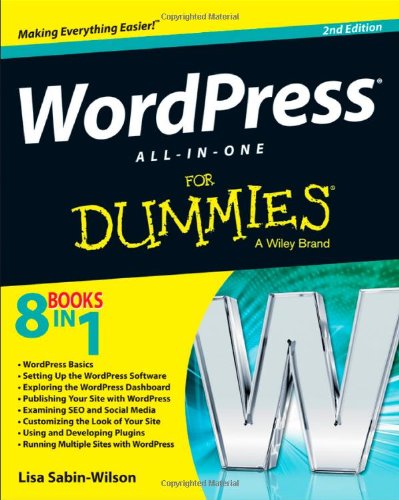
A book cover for WordPress All-in-One For Dummies; Lisa Sabin-Wilson; Computers & Technology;